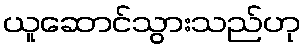
ယူဆောင်သွားသည်ဟု